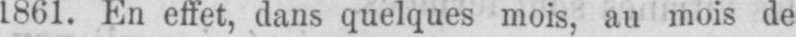
1861. En effet, dans quelques mois, au mois de